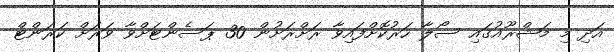
އަދި މި މަޝްރޫއުގައި ސޯލާ ހަރުކޮށްފައިވާ ރަށްރަށުން 30 ޕަސެންޓަށްވާ ވަރަށް ކަރަންޓް